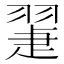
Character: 𦑯